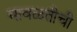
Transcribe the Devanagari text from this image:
मावळतीची